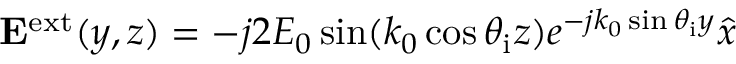
\mathbf { E } ^ { \mathrm { e x t } } ( y , z ) = - j 2 E _ { 0 } \sin ( k _ { 0 } \cos \theta _ { \mathrm { i } } z ) e ^ { - j k _ { 0 } \sin \theta _ { \mathrm { i } } y } \hat { x }